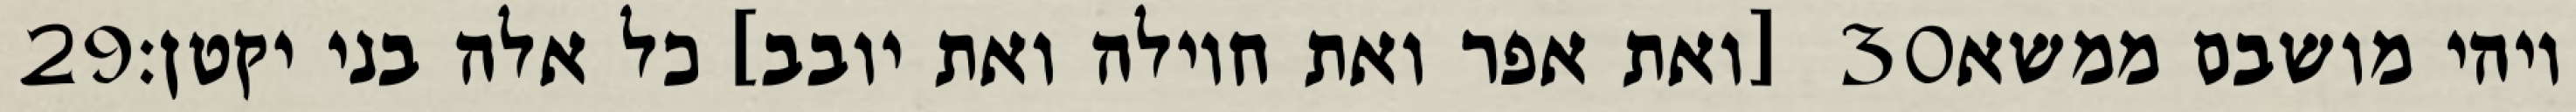
‎29‏ [ואת אפר ואת חוילה ואת יובב] כל אלה בני יקטן׃ ‎30‏ ויהי מושבם ממשא